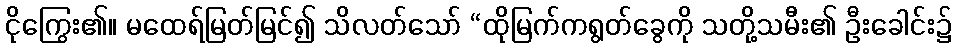
ငိုကြွေး၏။ မထေရ်မြတ်မြင်၍ သိလတ်သော် “ထိုမြက်ကရွတ်ခွေကို သတို့သမီး၏ ဦးခေါင်း၌